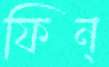
ফিন্